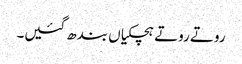
روتے روتے ہچکیاں بندھ گئیں۔